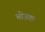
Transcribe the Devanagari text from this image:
नोउया